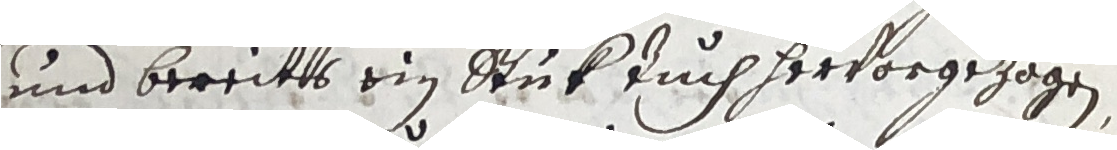
und bereitts ein stuk auch hervorgezogen.